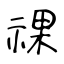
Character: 祼